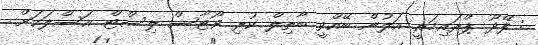
: ފޭދޫ ޕްރައިމަރީ އަލުން ބޭއްވީ ބާތިލް ކުރި ވޯޓާސް ލިސްޓް އަސްލަކަށް